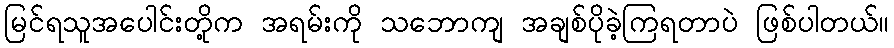
မြင်ရသူအပေါင်းတို့က အရမ်းကို သဘောကျ အချစ်ပိုခဲ့ကြရတာပဲ ဖြစ်ပါတယ်။